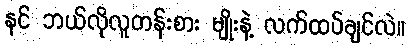
နင် ဘယ်လိုလူတန်းစား မျိုးနဲ့ လက်ထပ်ချင်လဲ။